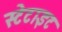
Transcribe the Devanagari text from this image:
स्टेटाइट